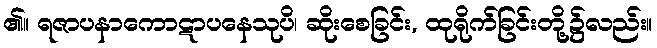
၏။ ရဇာပနာကောဋာပနေသုပိ၊ ဆိုးစေခြင်း, ထုရိုက်ခြင်းတို့၌လည်း။